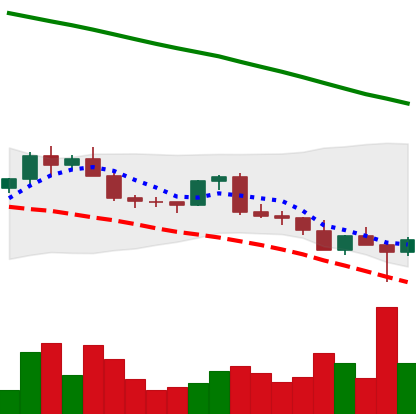
Ticker: EOS-USD
Chart end date: 2022-02-25
Forward return: 3.193%
Label: up_3_5